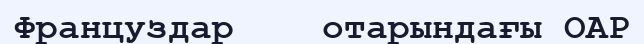
Француздар    отарындағы ОАР